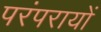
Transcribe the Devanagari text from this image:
परंपरायों